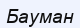
Бауман